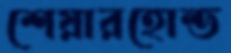
শেয়ারহোল্ড